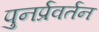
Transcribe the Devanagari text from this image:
पुनर्प्रवर्तन